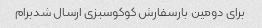
برای دومین بارسفارش کوکوسبزی ارسال شدبرام